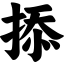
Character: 掭